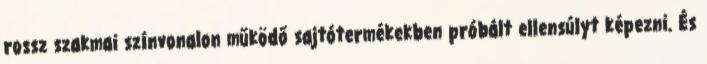
rossz szakmai színvonalon működő sajtótermékekben próbált ellensúlyt képezni. És